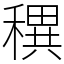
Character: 穓